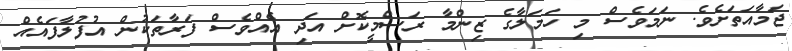
ޖަމާއަތަށެވެ. ނަމަވެސް މި ހަމަލާގެ ޒިންމާ ރަސްމީކޮށް އަދި އެއްވެސް ފަރާތަކުން އުފުލާފައެއް